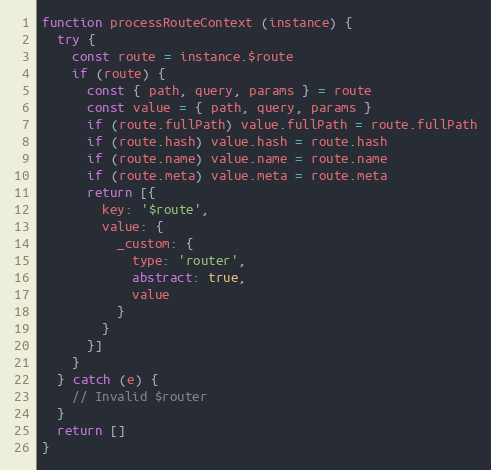
Language: JavaScript
function processRouteContext (instance) {
  try {
    const route = instance.$route
    if (route) {
      const { path, query, params } = route
      const value = { path, query, params }
      if (route.fullPath) value.fullPath = route.fullPath
      if (route.hash) value.hash = route.hash
      if (route.name) value.name = route.name
      if (route.meta) value.meta = route.meta
      return [{
        key: '$route',
        value: {
          _custom: {
            type: 'router',
            abstract: true,
            value
          }
        }
      }]
    }
  } catch (e) {
    // Invalid $router
  }
  return []
}